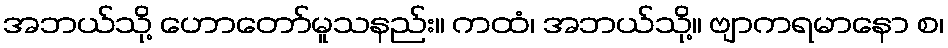
အဘယ်သို့ ဟောတော်မူသနည်း။ ကထံ၊ အဘယ်သို့။ ဗျာကရမာနော စ၊